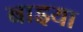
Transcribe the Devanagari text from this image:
बाइया